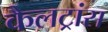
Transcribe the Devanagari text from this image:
कैलट्रांस